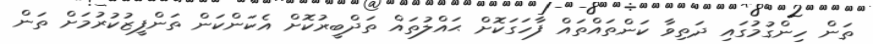
ތަން ހިންގުމުގައި ދަތިވާ ކަންތައްތައް ފާހަގަކޮށް ޙައްލުތައް ތަދްބީރުކޮށް އެކަންކަން ތަންފީޒުކުރުމަށް ތަން